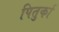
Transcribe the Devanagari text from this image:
पितुर्का